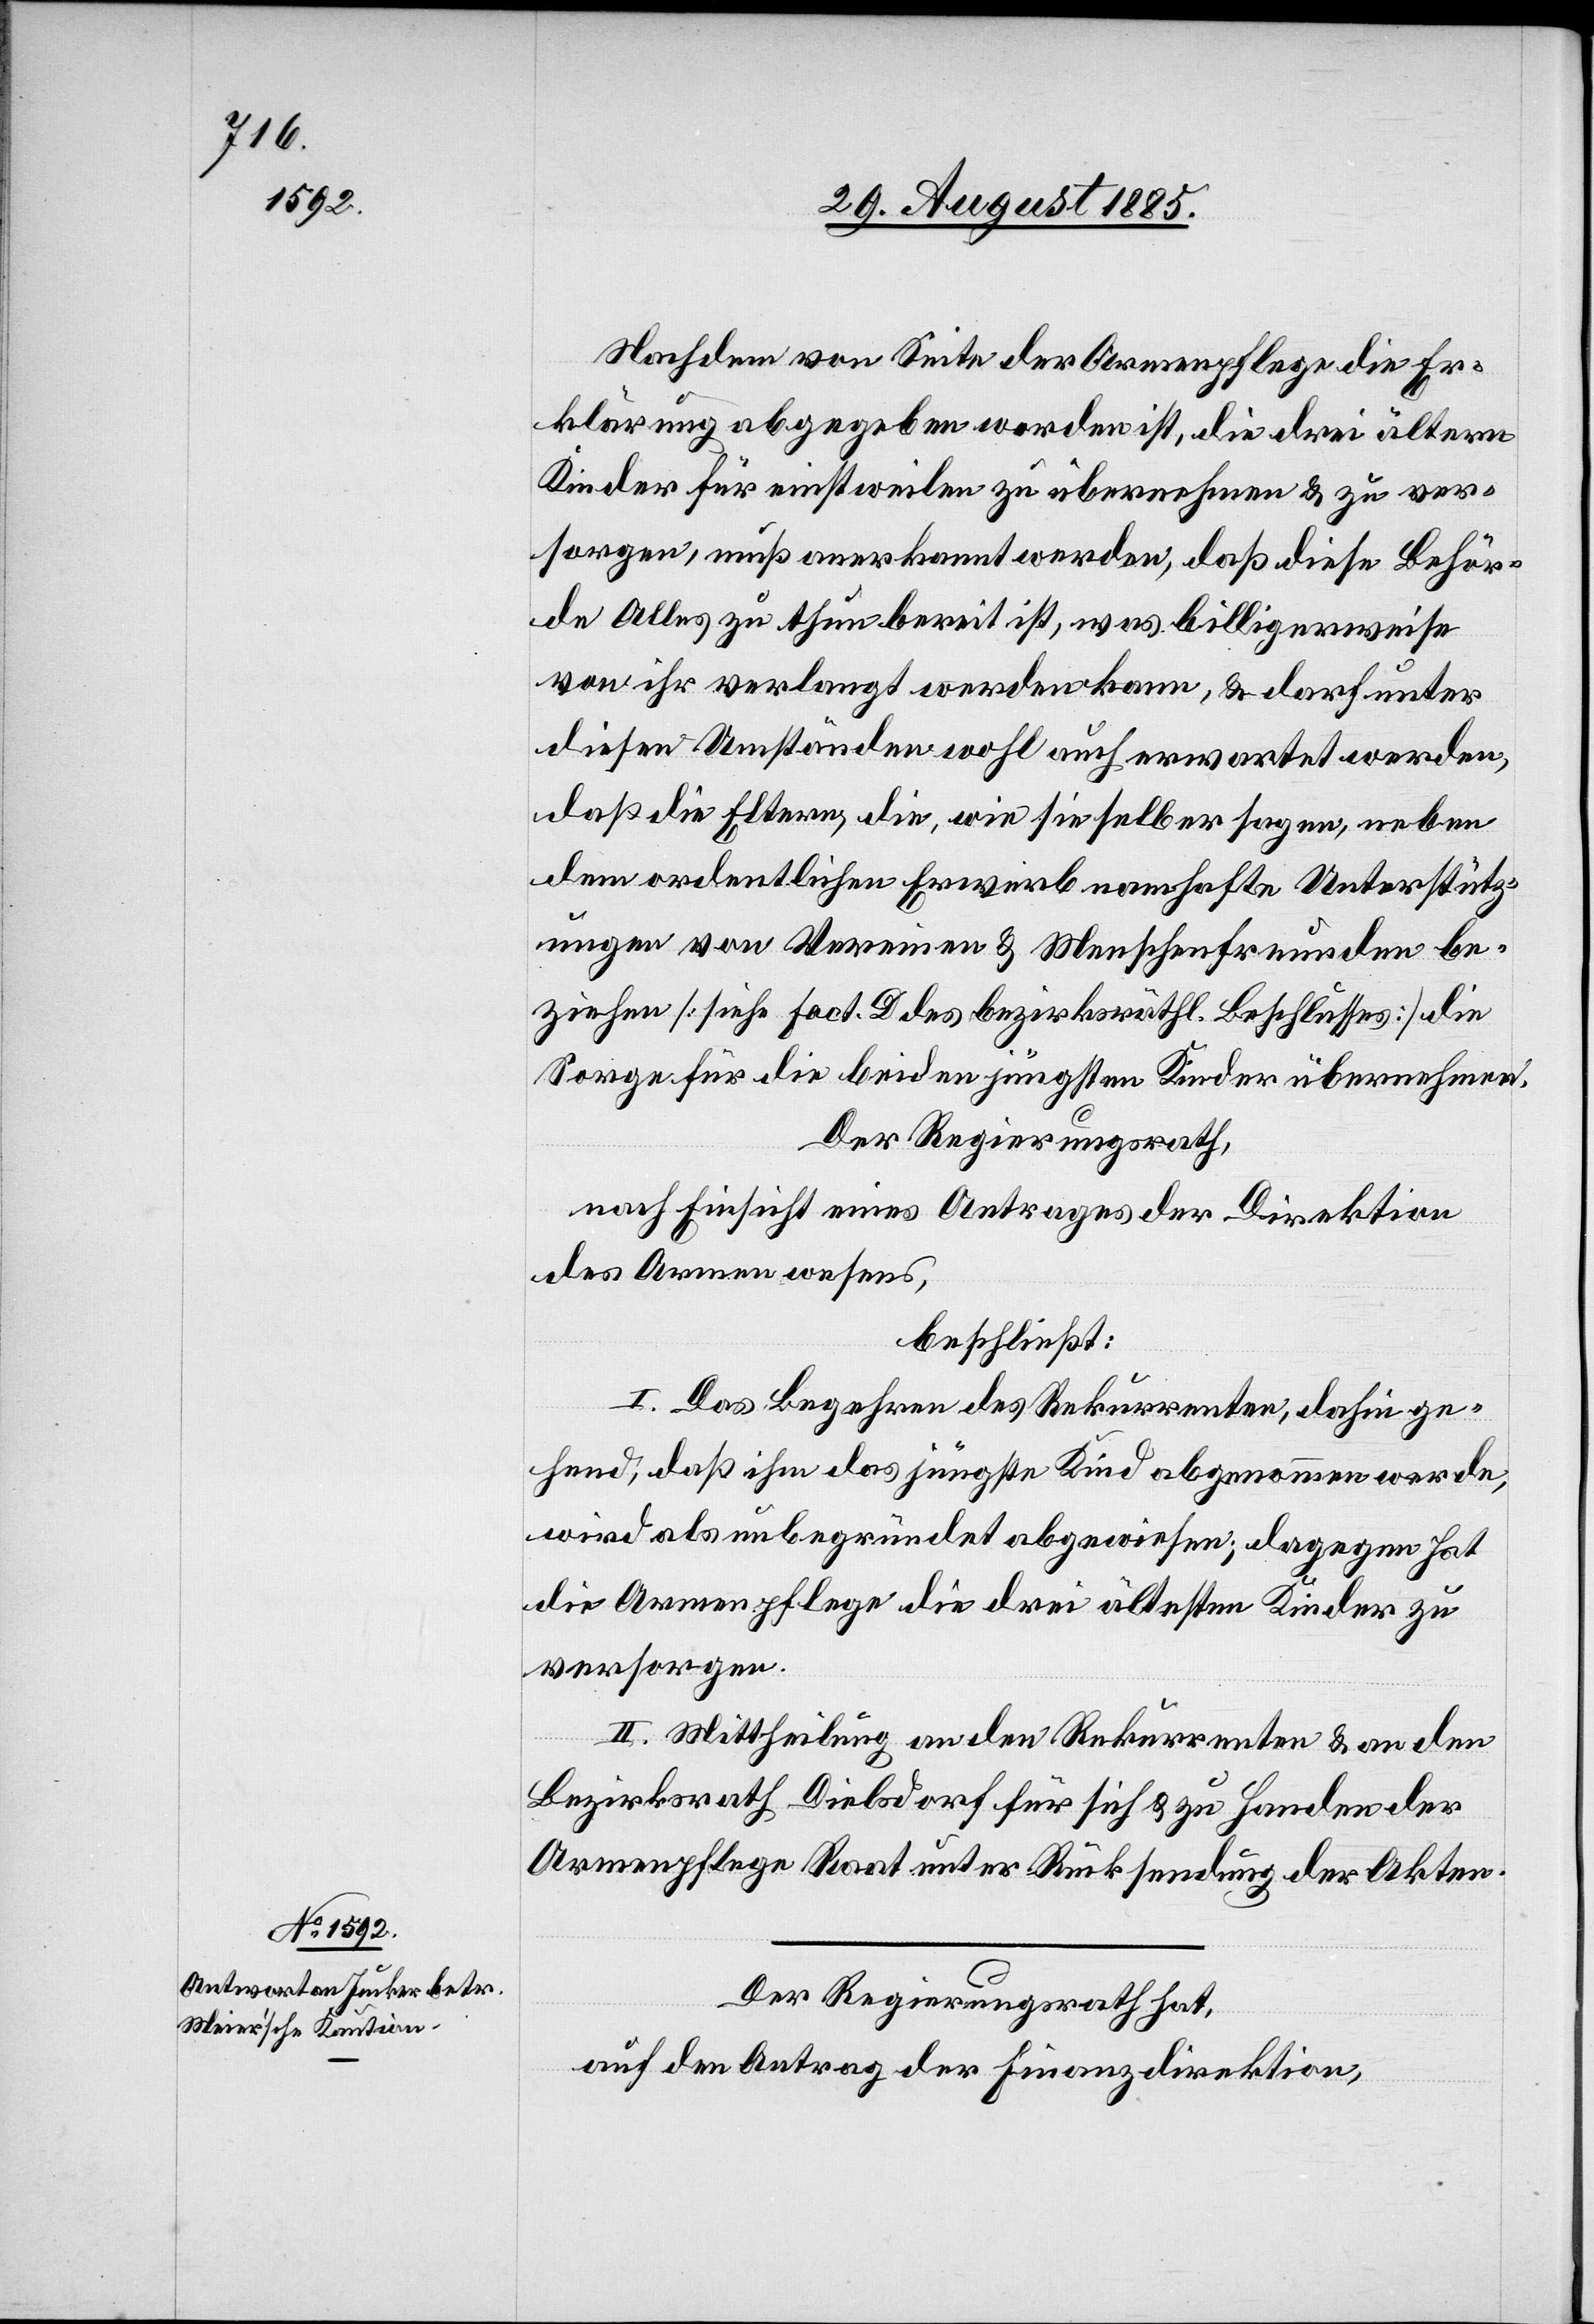
Nachdem von Seite der Armenpflege die Er¬
klärung abgegeben worden ist, die drei ältern
Kinder für einstweilen zu übernehmen & zu ver¬
sorgen, muß anerkannt werden, daß diese Behör¬
de Alles zu thun bereit ist, was billigerweise
von ihr verlangt werden kann, & darf unter
diesen Umständen wohl auch erwartet werden,
daß die Eltern, die wie sie selber sagen, neben
dem ordentlichen Erwerb namhafte Unterstütz¬
ungen von Vereinen & Menschenfreunden be¬
ziehen [sieh Fact. D des bezirksräthl. Beschlusses] die
Sorge für die beiden jüngsten Kinder übernehmen.
Der Regierungsrath,
nach Einsicht eines Antrages der Direktion
des Armenwesens,
beschließt:
I. Das Begehren des Rekurrenten, dahinge¬
hend, daß ihm das jüngste Kind abgenommen werde,
wird als unbegründet abgewiesen; dagegen hat
die Armenpflege die drei ältesten Kinder zu
versorgen.
II. Mittheilung an den Rekurrenten & an den
Bezirksrath Dielsdorf für sich & zu Handen der
Armenpflege Raat unter Rücksendung der Akten.
Der Regierungsrath hat,
auf den Antrag der Finanzdirektion,